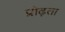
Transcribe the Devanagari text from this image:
प्रोढ़ता